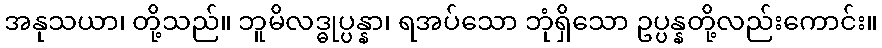
အနုသယာ၊ တို့သည်။ ဘူမိလဒ္ဓုပ္ပန္နာ၊ ရအပ်သော ဘုံရှိသော ဥပ္ပန္နတို့လည်းကောင်း။